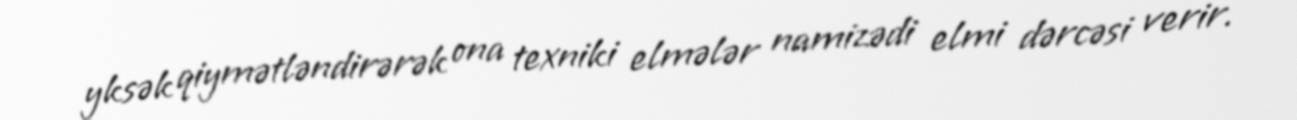
yksək qiymətləndirərək ona texniki elmələr namizədi elmi dərcəsi verir.